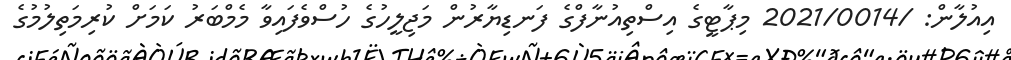
އިއުލާން: /2021/0014 މިޕާޓީގެ އިސްތިއުނާފްގެ ފަނޑިޔާރުން މަޖިލީހުގެ ހުސްވެފައިވާ މެމްބަރު ކަމަށް ކުރިމަތިލުމުގެ